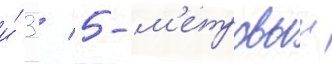
и́ 3 / 5-м'етровыи